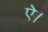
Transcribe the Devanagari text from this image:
ऐ।